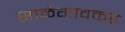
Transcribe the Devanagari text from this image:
साळेगावकर